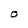
Character: O